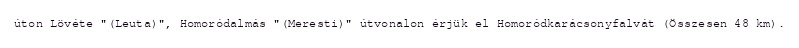
úton Lövéte "(Leuta)", Homoródalmás "(Meresti)" útvonalon érjük el Homoródkarácsonyfalvát (Összesen 48 km).